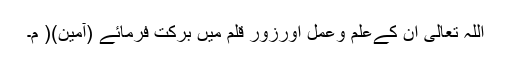
اللہ تعالیٰ ان کےعلم وعمل اورزورِ قلم میں برکت فرمائے (آمین)( م۔